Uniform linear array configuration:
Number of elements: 24
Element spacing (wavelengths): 0.75
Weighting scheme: hamming
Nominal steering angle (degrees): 15
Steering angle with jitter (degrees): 13.519
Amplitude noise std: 0.05
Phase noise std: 0.05

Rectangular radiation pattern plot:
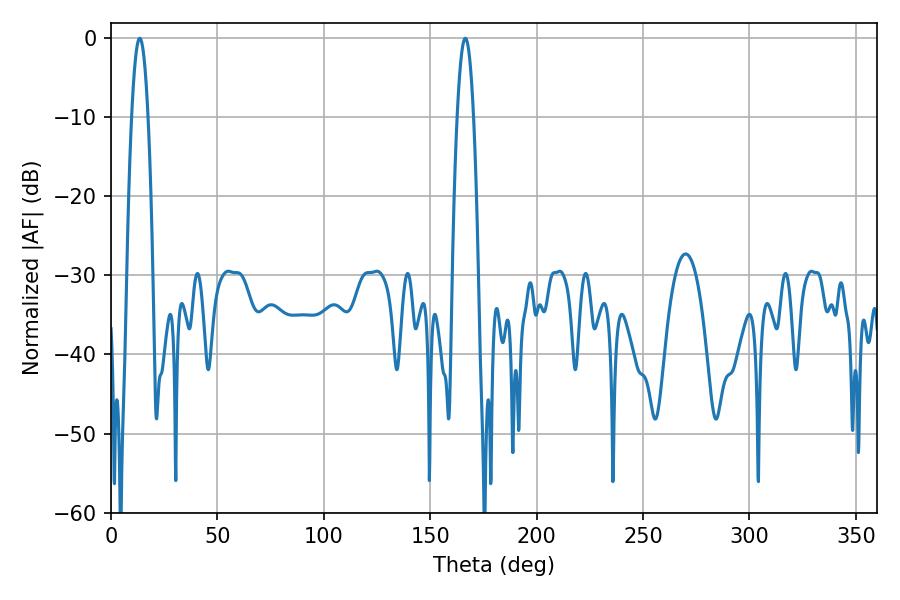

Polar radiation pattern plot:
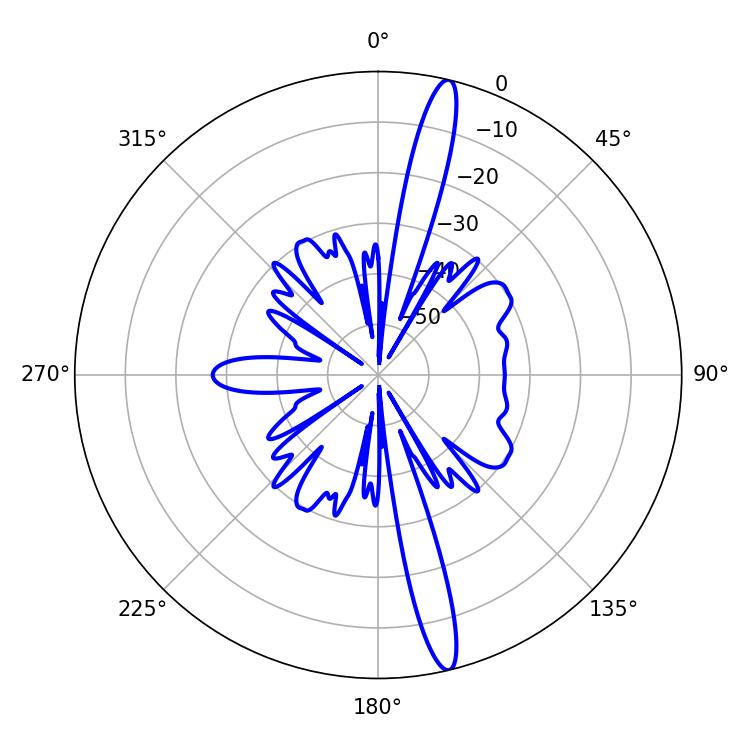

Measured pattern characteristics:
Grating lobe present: TRUE
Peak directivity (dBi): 17.27
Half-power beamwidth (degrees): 4.32
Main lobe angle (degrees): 13.5